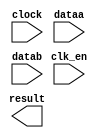
// megafunction wizard: %ALTFP_MULT%VBB%
// GENERATION: STANDARD
// VERSION: WM1.0
// MODULE: ALTFP_MULT 

// ============================================================
// Megafunction Name(s):
// 			ALTFP_MULT
//
// Simulation Library Files(s):
// 			lpm
// ============================================================
// ************************************************************
// THIS IS A WIZARD-GENERATED FILE. DO NOT EDIT THIS FILE!
//
// 18.1.1 Build 646 04/11/2019 SJ Lite Edition
// ************************************************************

//Copyright (C) 2019  Intel Corporation. All rights reserved.
//Your use of Intel Corporation's design tools, logic functions 
//and other software and tools, and any partner logic 
//functions, and any output files from any of the foregoing 
//(including device programming or simulation files), and any 
//associated documentation or information are expressly subject 
//to the terms and conditions of the Intel Program License 
//Subscription Agreement, the Intel Quartus Prime License Agreement,
//the Intel FPGA IP License Agreement, or other applicable license
//agreement, including, without limitation, that your use is for
//the sole purpose of programming logic devices manufactured by
//Intel and sold by Intel or its authorized distributors.  Please
//refer to the applicable agreement for further details, at
//https://fpgasoftware.intel.com/eula.

module altfp_multiplier64_11 (
	clk_en,
	clock,
	dataa,
	datab,
	result)/* synthesis synthesis_clearbox = 1 */;

	input	  clk_en;
	input	  clock;
	input	[63:0]  dataa;
	input	[63:0]  datab;
	output	[63:0]  result;

endmodule

// ============================================================
// CNX file retrieval info
// ============================================================
// Retrieval info: LIBRARY: altera_mf altera_mf.altera_mf_components.all
// Retrieval info: PRIVATE: FPM_FORMAT STRING "Double"
// Retrieval info: PRIVATE: INTENDED_DEVICE_FAMILY STRING "Cyclone V"
// Retrieval info: CONSTANT: DEDICATED_MULTIPLIER_CIRCUITRY STRING "YES"
// Retrieval info: CONSTANT: DENORMAL_SUPPORT STRING "NO"
// Retrieval info: CONSTANT: EXCEPTION_HANDLING STRING "NO"
// Retrieval info: CONSTANT: INTENDED_DEVICE_FAMILY STRING "UNUSED"
// Retrieval info: CONSTANT: LPM_HINT STRING "UNUSED"
// Retrieval info: CONSTANT: LPM_TYPE STRING "altfp_mult"
// Retrieval info: CONSTANT: PIPELINE NUMERIC "11"
// Retrieval info: CONSTANT: REDUCED_FUNCTIONALITY STRING "NO"
// Retrieval info: CONSTANT: ROUNDING STRING "TO_NEAREST"
// Retrieval info: CONSTANT: WIDTH_EXP NUMERIC "11"
// Retrieval info: CONSTANT: WIDTH_MAN NUMERIC "52"
// Retrieval info: USED_PORT: clk_en 0 0 0 0 INPUT NODEFVAL "clk_en"
// Retrieval info: CONNECT: @clk_en 0 0 0 0 clk_en 0 0 0 0
// Retrieval info: USED_PORT: clock 0 0 0 0 INPUT NODEFVAL "clock"
// Retrieval info: CONNECT: @clock 0 0 0 0 clock 0 0 0 0
// Retrieval info: USED_PORT: dataa 0 0 64 0 INPUT NODEFVAL "dataa[63..0]"
// Retrieval info: CONNECT: @dataa 0 0 64 0 dataa 0 0 64 0
// Retrieval info: USED_PORT: datab 0 0 64 0 INPUT NODEFVAL "datab[63..0]"
// Retrieval info: CONNECT: @datab 0 0 64 0 datab 0 0 64 0
// Retrieval info: USED_PORT: result 0 0 64 0 OUTPUT NODEFVAL "result[63..0]"
// Retrieval info: CONNECT: result 0 0 64 0 @result 0 0 64 0
// Retrieval info: GEN_FILE: TYPE_NORMAL altfp_multiplier64_11.v TRUE FALSE
// Retrieval info: GEN_FILE: TYPE_NORMAL altfp_multiplier64_11.qip TRUE FALSE
// Retrieval info: GEN_FILE: TYPE_NORMAL altfp_multiplier64_11.bsf TRUE TRUE
// Retrieval info: GEN_FILE: TYPE_NORMAL altfp_multiplier64_11_inst.v TRUE TRUE
// Retrieval info: GEN_FILE: TYPE_NORMAL altfp_multiplier64_11_bb.v TRUE TRUE
// Retrieval info: GEN_FILE: TYPE_NORMAL altfp_multiplier64_11.inc TRUE TRUE
// Retrieval info: GEN_FILE: TYPE_NORMAL altfp_multiplier64_11.cmp TRUE TRUE
// Retrieval info: LIB_FILE: lpm